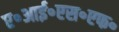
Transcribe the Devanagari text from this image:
ए॰आई॰एस॰एफ॰